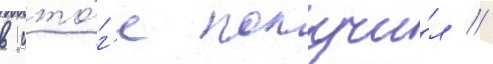
в ито́г'е получи́л //